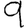
Digit: 9